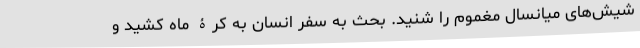
شیش‌های میانسالِ مغموم را شنید. بحث به سفر انسان به کرۀ ماه کشید و